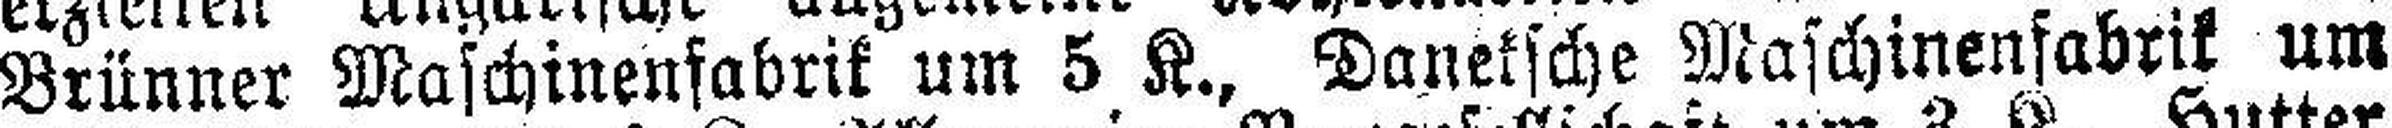
Brünner Maschinenfabrik um 5 K., Daneksche Maschinenfabrik um